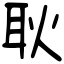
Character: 耿